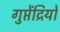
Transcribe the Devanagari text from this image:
गुप्तेंद्रियों